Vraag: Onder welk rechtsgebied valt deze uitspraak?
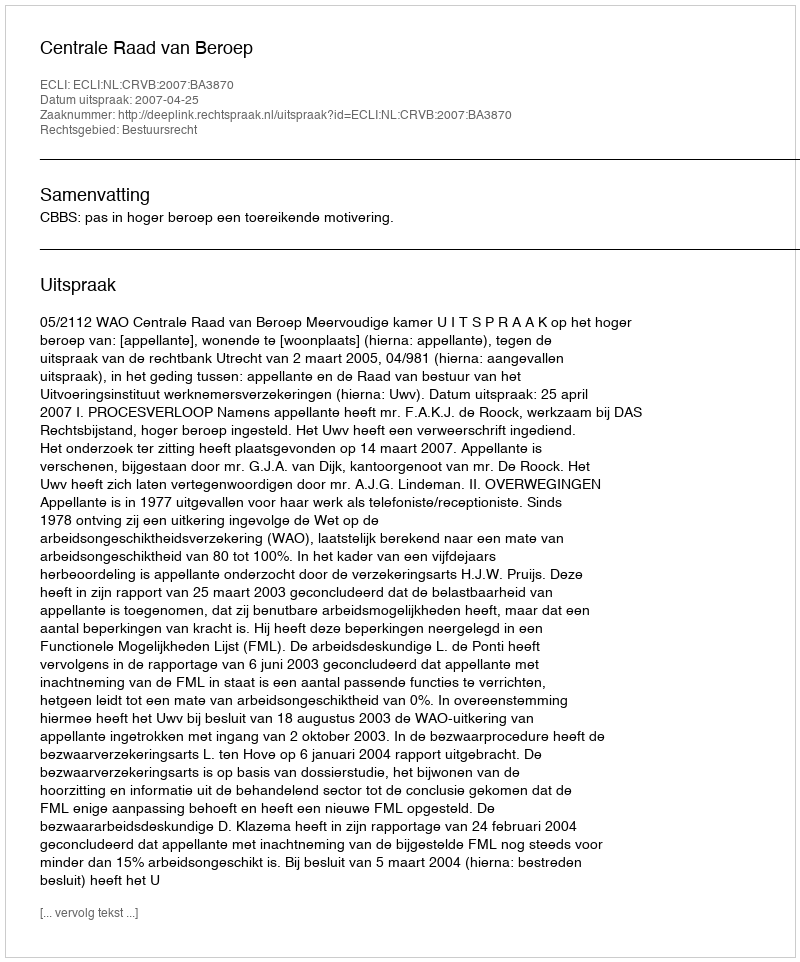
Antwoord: Bestuursrecht